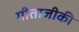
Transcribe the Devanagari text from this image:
गीताजीकी